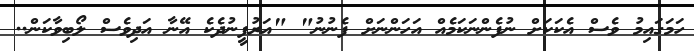
ހަމަގައިމު ވެސް އެކަކަށް ނުފެންނަކަމެއް އަހަންނަށް ފެނުނު" "އަރުފީނުދެކެ އޭނާ އަދިވެސް ލޯބިވާކަން..